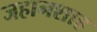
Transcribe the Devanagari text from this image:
जहानशाह